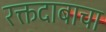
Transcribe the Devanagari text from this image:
रक्तदाबाचा